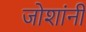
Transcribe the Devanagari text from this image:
जोशांनी